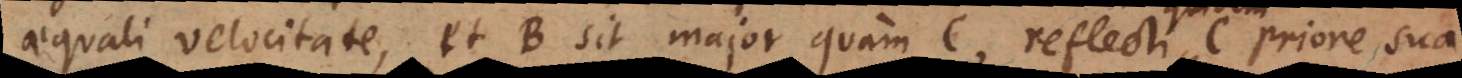
aequali velocitate, et B sit major quam C, reflecti C priore sua